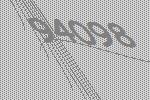
94098